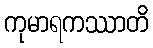
ကုမာရကဿာတိ